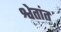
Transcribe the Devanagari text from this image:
श्वेतांत